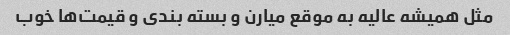
مثل همیشه عالیه به موقع میارن و بسته بندی و قیمت‌ها خوب